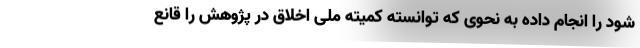
شود را انجام داده به نحوی که توانسته کمیته ملی اخلاق در پژوهش را قانع